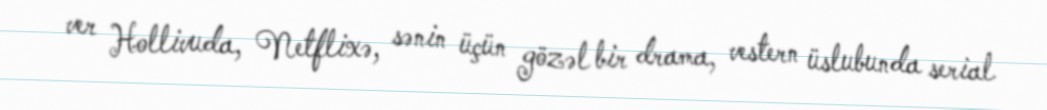
ver Hollivuda, Netflixə, sənin üçün gözəl bir drama, vestern üslubunda serial